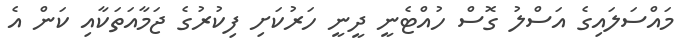
މައްސަލައިގެ އަސްލު ގޮސް ހުއްޓެނީ ދީނީ ހަރުކަށި ފިކުރުގެ ޖަމާއަތަކާއި ކަން އެ